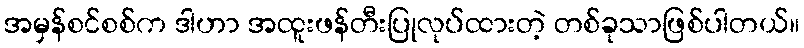
အမှန်စင်စစ်က ဒါဟာ အထူးဖန်တီးပြုလုပ်ထားတဲ့ တစ်ခုသာဖြစ်ပါတယ်။